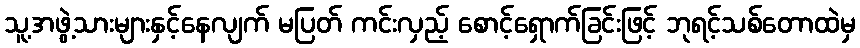
သူ့အဖွဲ့သားများနှင့်နေလျက် မပြတ် ကင်းလှည့် စောင့်ရှောက်ခြင်းဖြင့် ဘုရင့်သစ်တောထဲမှ